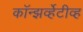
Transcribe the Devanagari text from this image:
कॉन्झर्व्हेटीव्ह